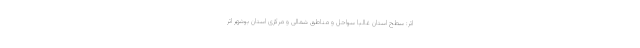
اثر: سطح استان غالبا سواحل و مناطق شمالی و مرکزی استان بوشهر اثر